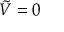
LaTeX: { \tilde { V } } = 0